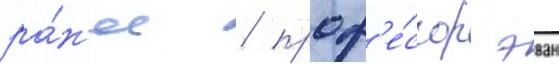
ра́н'ее / проф'е́ссор эван